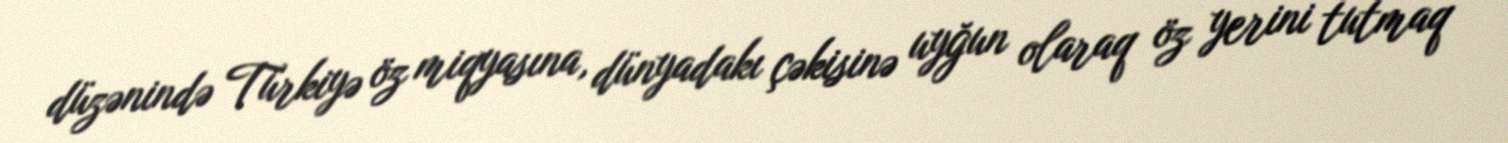
düzənində Türkiyə öz miqyasına, dünyadakı çəkisinə uyğun olaraq öz yerini tutmaq